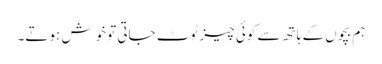
ہم بچوں کے ہاتھ سے کوئی چیز ٹوٹ جاتی تو خوش ہوتے۔